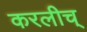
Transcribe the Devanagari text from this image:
करलीच्